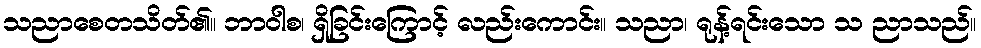
သညာစေတသိတ်၏။ ဘာဝါစ၊ ရှိခြင်းကြောင့် လည်းကောင်း။ သညာ၊ ရုန့်ရင်းသော သ ညာသည်။